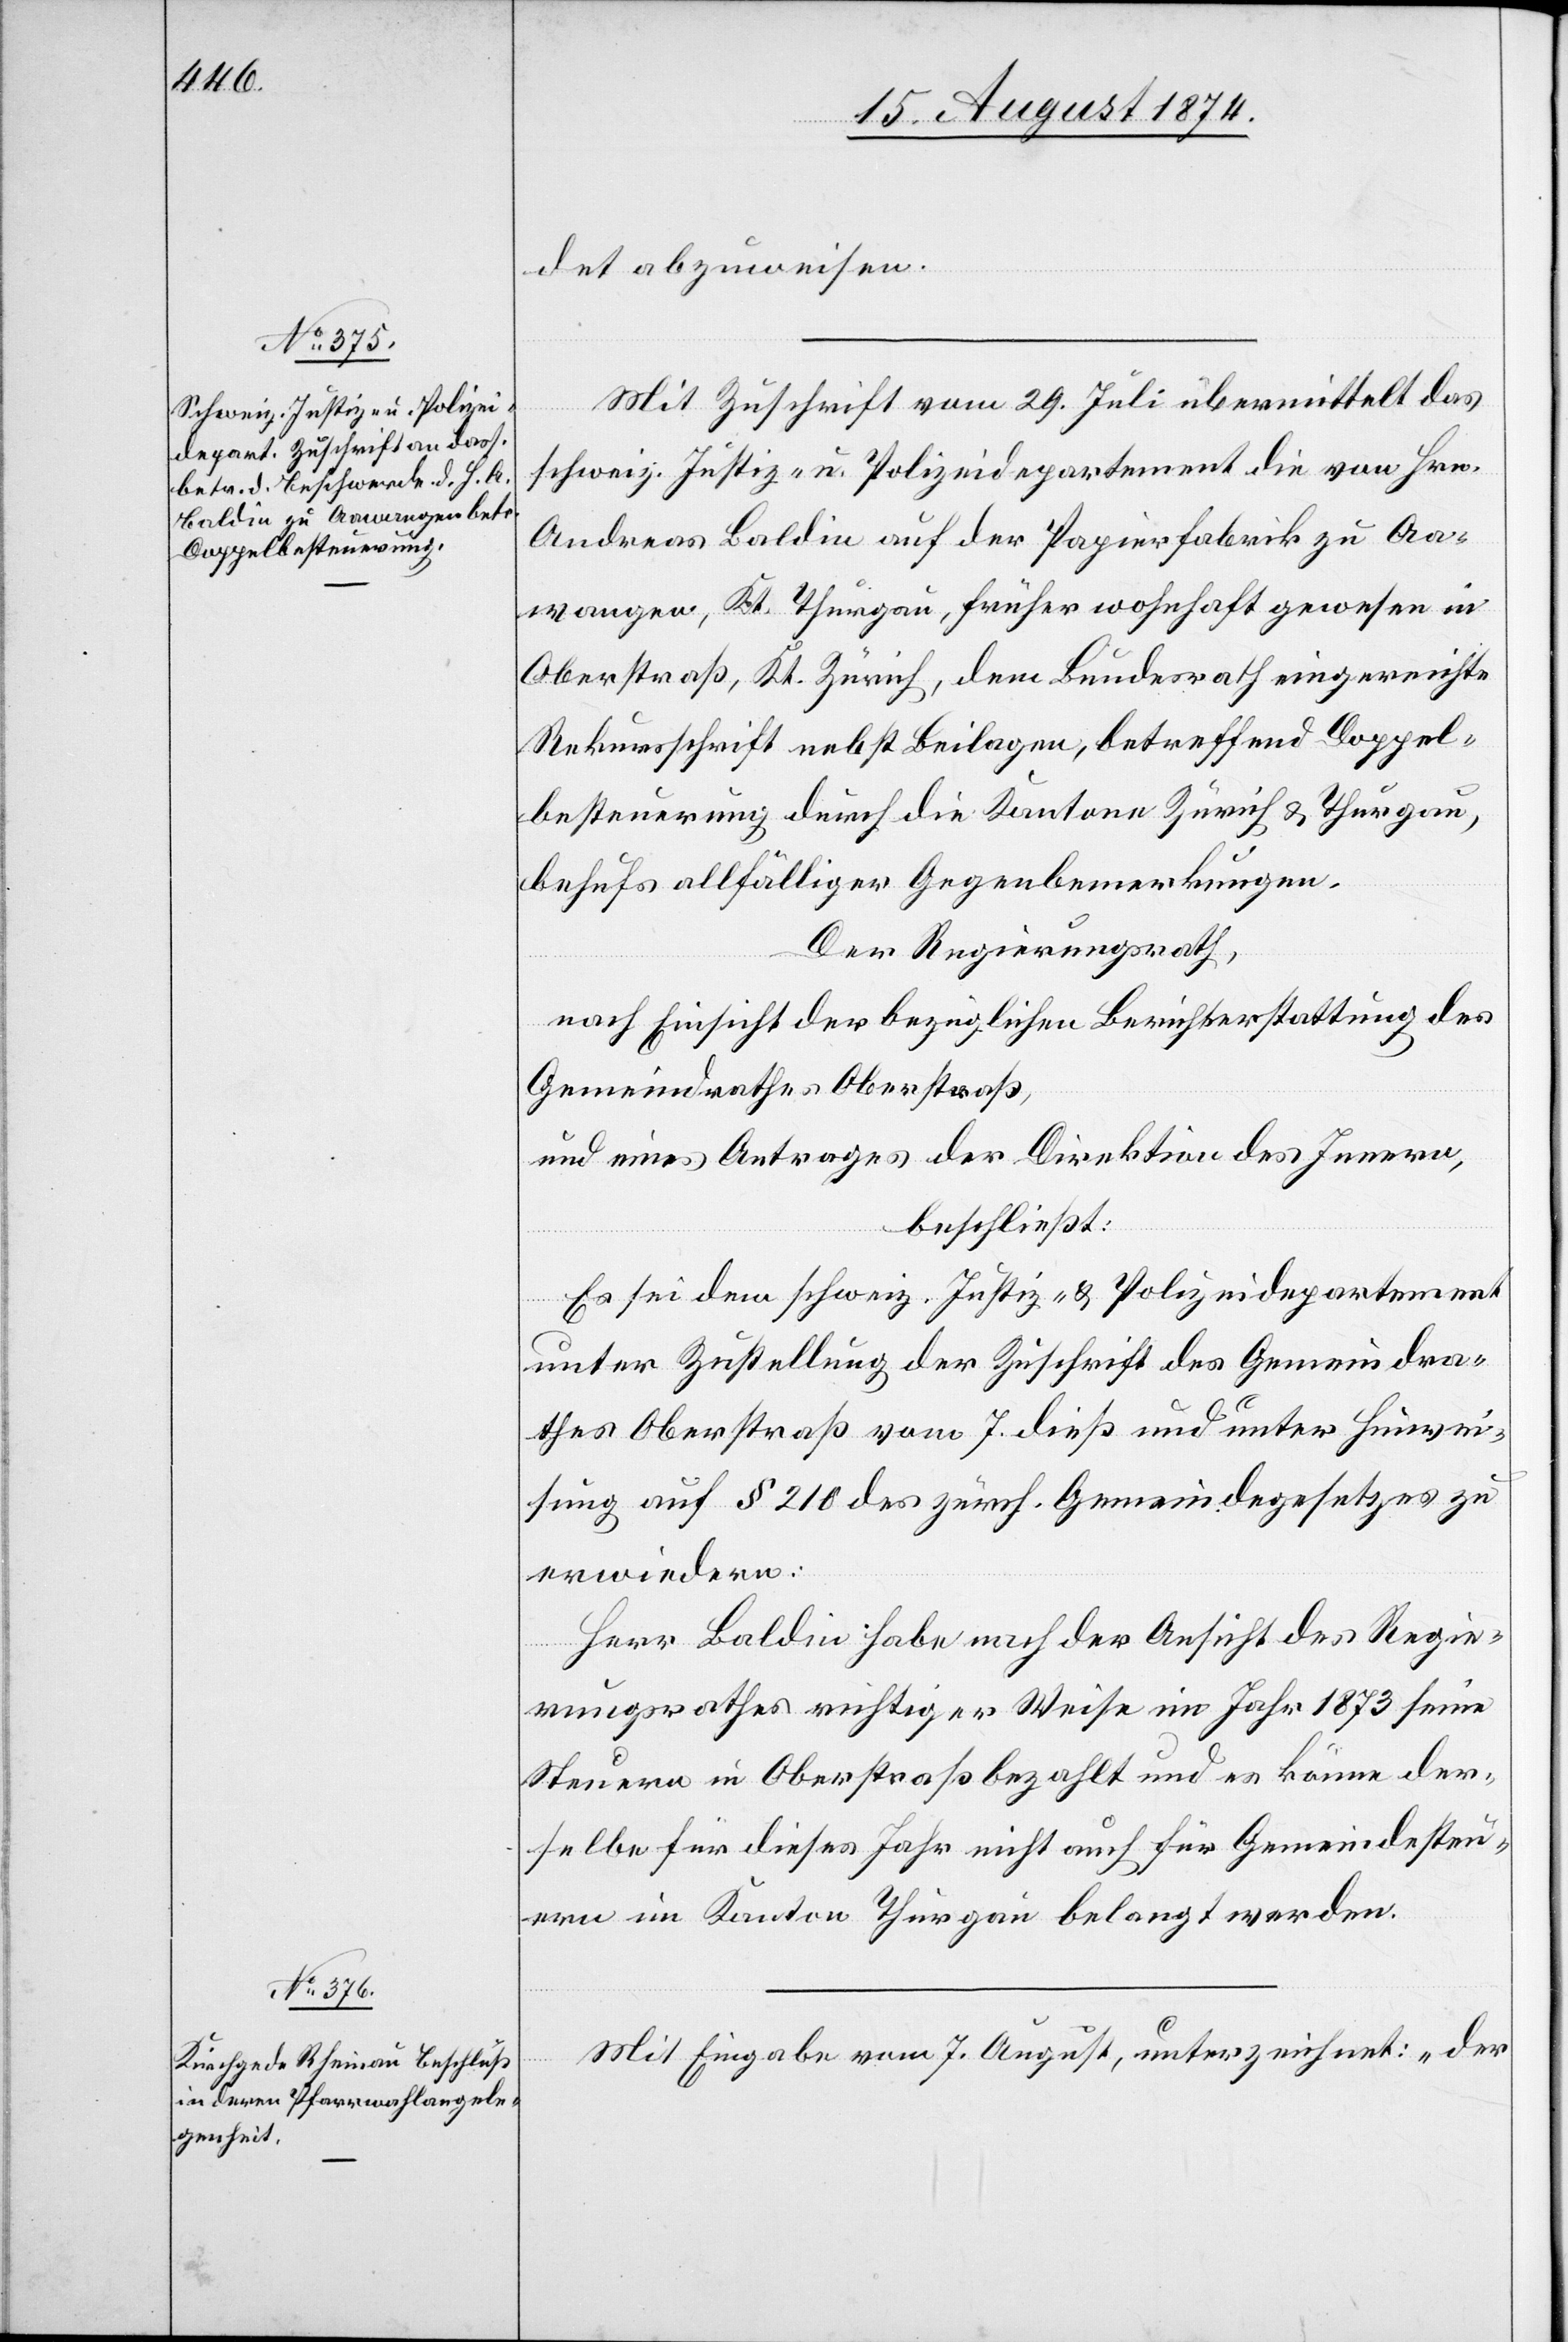
det abzuweisen.
Mit Zuschrift vom 29. Juli übermittelt das
schweiz. Justiz- u. Polizeidepartement die von Hrn.
Andreas Baldin auf der Papierfabrik zu Aa¬
wangen, Kt. Thurgau, früher wohnhaft gewesen in
Oberstraß, Kt. Zürich, dem Bundesrath eingereichte
Rekursschrift nebst Beilagen, betreffend Doppel¬
besteuerung durch die Kantone Zürich u. Thurgau,
behufs allfälliger Gegenbemerkungen.
Der Regierungsrath,
nach Einsicht der bezüglichen Berichterstattung des
Gemeindrathes Oberstraß,
und eines Antrages der Direktion des Innern,
beschließt:
Es sei dem schweiz. Justiz-u. Polizeidepartement
unter Zustellung der Zuschrift des Gemeindra¬
thes Oberstraß vom 7. dieß und unter Hinwei¬
sung auf § 210 des zürch. Gemeindegesetzes zu
erwiedern:
Herr Baldin habe nach der Ansicht des Regie¬
rungsrathes richtiger Weise im Jahr 1873 seine
Steuern in Oberstraß bezahlt und es könne der¬
selbe für dieses Jahr nicht auch für Gemeindesteu¬
ern im Kanton Thurgau belangt werden.
Mit Eingabe vom 7. August, unterzeichnet: „der